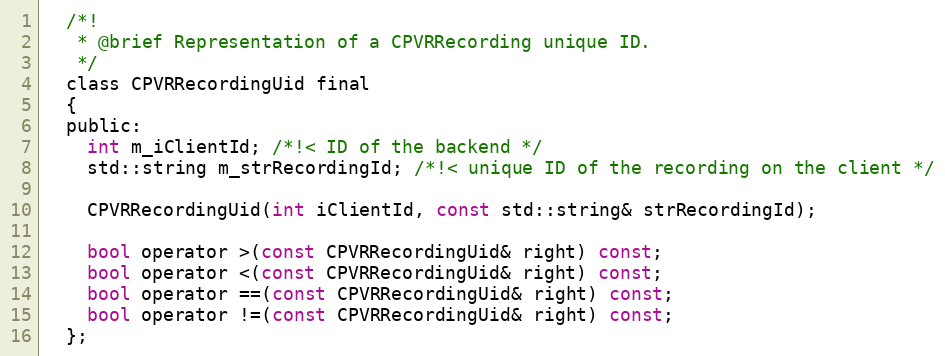
Language: C
  /*!
   * @brief Representation of a CPVRRecording unique ID.
   */
  class CPVRRecordingUid final
  {
  public:
    int m_iClientId; /*!< ID of the backend */
    std::string m_strRecordingId; /*!< unique ID of the recording on the client */

    CPVRRecordingUid(int iClientId, const std::string& strRecordingId);

    bool operator >(const CPVRRecordingUid& right) const;
    bool operator <(const CPVRRecordingUid& right) const;
    bool operator ==(const CPVRRecordingUid& right) const;
    bool operator !=(const CPVRRecordingUid& right) const;
  };